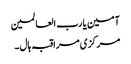
آمین یا رب العالمین
مرکزی مراقبہ ہال ۔